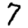
Digit: 7